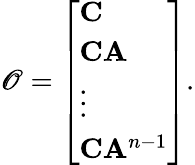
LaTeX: \mathscr{O}=\left[\begin{array}{l}{\mathbf{C}}\\ {\mathbf{C}\mathbf{A}}\\ {\vdots}\\ {\mathbf{C}\mathbf{A}^{n-1}}\end{array}\right].